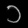
Digit: ၁